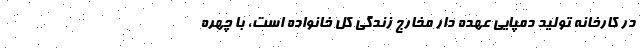
در کارخانه تولید دمپایی عهده دار مخارج زندگی کل خانواده است، با چهره